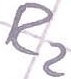
Text: R2